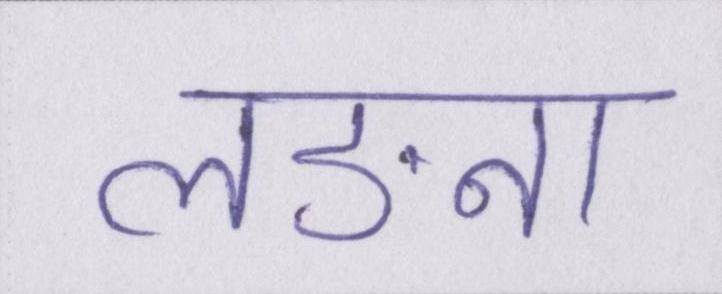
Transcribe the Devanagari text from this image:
लङना